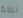
لماذا